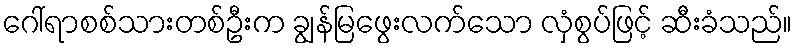
ဂေါ်ရာစစ်သားတစ်ဦးက ချွန်မြဖွေးလက်သော လှံစွပ်ဖြင့် ဆီးခံသည်။